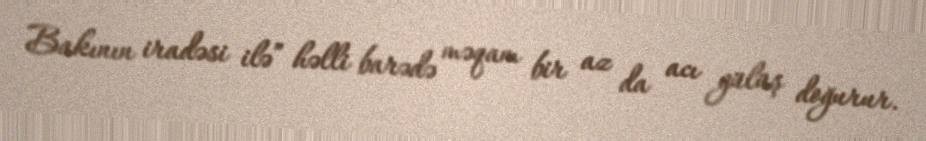
Bakının iradəsi ilə” həlli barədə məqam bir az da acı gülüş doğurur.